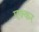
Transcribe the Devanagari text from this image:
एक्कर